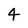
Character: 4